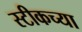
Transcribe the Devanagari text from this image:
स्टीकच्या